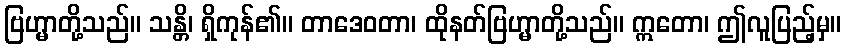
ဗြဟ္မာတို့သည်။ သန္တိ၊ ရှိကုန်၏။ တာဒေဝတာ၊ ထိုနတ်ဗြဟ္မာတို့သည်။ ဣတော၊ ဤလူပြည့်မှ။